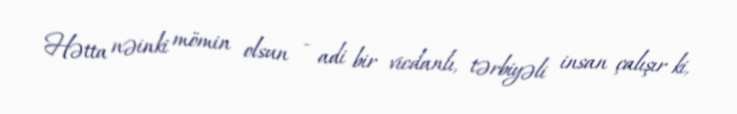
Hətta nəinki mömin olsun - adi bir vicdanlı, tərbiyəli insan çalışır ki,